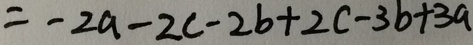
= - 2 a - 2 c - 2 b + 2 c - 3 b + 3 a